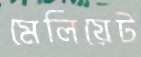
মেলিয়েট